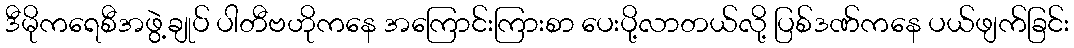
ဒီမိုကရေစီအဖွဲ့ချုပ် ပါတီဗဟိုကနေ အကြောင်းကြားစာ ပေးပို့လာတယ်လို့ ပြစ်ဒဏ်ကနေ ပယ်ဖျက်ခြင်း